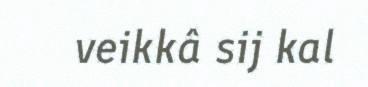
veikkâ sij kal